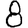
Digit: 8